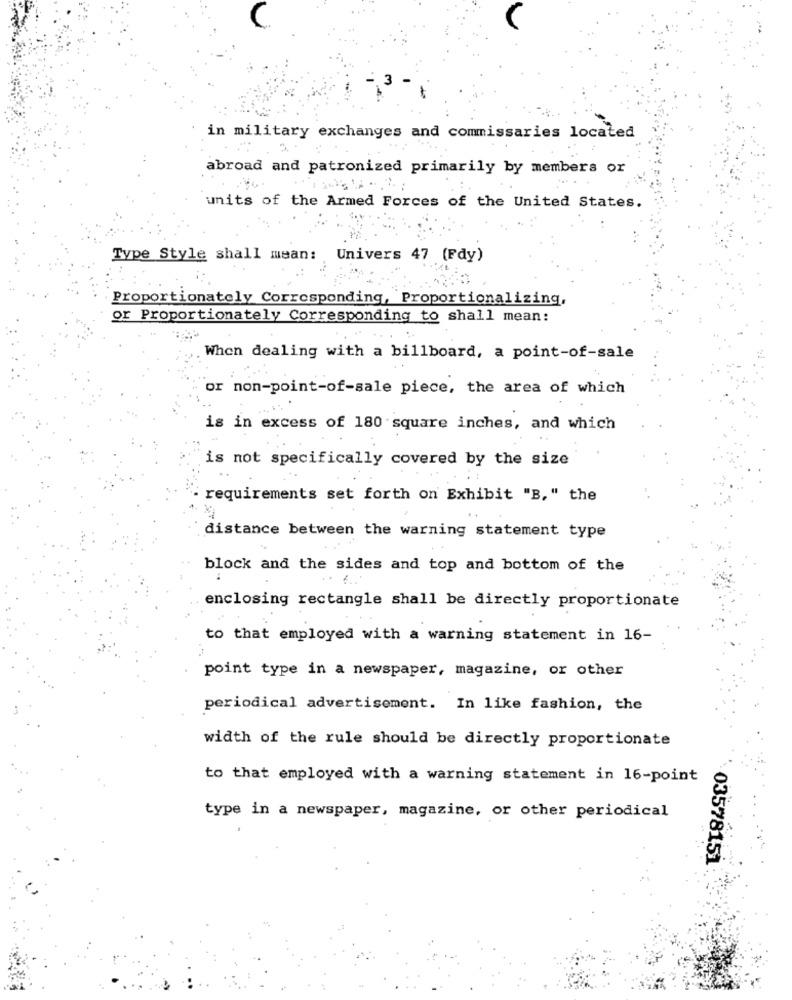
in military exchanges and commissaries located
abroad and patronized primarily by members or
units of the Armed Forces of the United States
Type Style shall mean:
Univers 47 (Fdy)
Proportionately Corresponding, Proportionalizing,
or Proportionately Corresponding to shall mean:
When dealing with a billboard, a point-of-sale
or non-point-of-sale piece, the area of which
is in excess of 180 square inches, and which
is not specifically covered by the size
- requirements set forth on Exhibit "B," the
distance between the warning statement type
block and the sides and top and bottom of the
enclosing rectangle shall be directly proportionate
to that employed with a warning statement in 16-
point type in a newspaper, magazine, or other
periodical advertisement. In like fashion, the
width of the rule should be directly proportionate
to that employed with a warning statement in 16-point
type in a newspaper, magazine, or other periodical
03578151